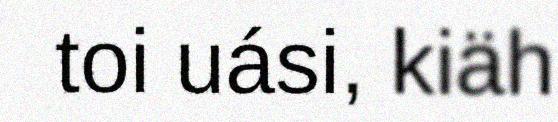
toi uási, kiäh